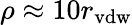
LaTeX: \rho\approx 10r_{\mathrm{vdw}}